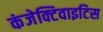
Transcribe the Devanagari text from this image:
कंजेक्टिवाइटिस